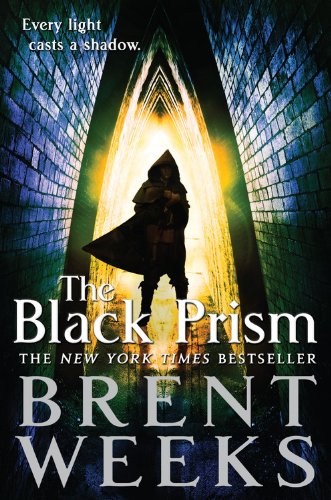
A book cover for The Black Prism (Lightbringer); Brent Weeks; Science Fiction & Fantasy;